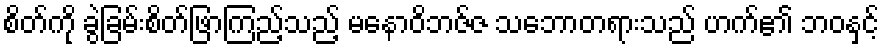
စိတ်ကို ခွဲခြမ်းစိတ်ဖြာကြည့်သည့် မနောဝိဘဇ်ဇ သဘောတရားသည် ဟက်၏ ဘဝနှင့်